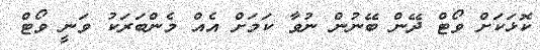
ކޮޅަކަށް ވޯޓް ދޭން ބޭނުން ނުވާ ކަމަށް އެއް މެންބަރަކު ވަނީ ވޯޓް